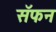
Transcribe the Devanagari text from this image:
सॅफन